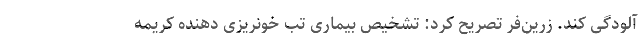
آلودگی کند. زرین‌فر تصریح کرد: تشخیص بیماری تب خونریزی دهنده کریمه